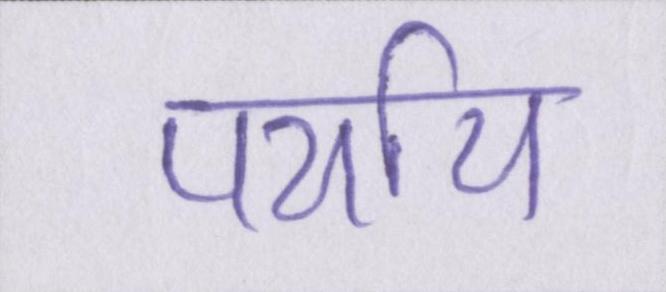
पर्याय